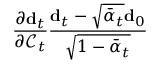
\frac { \partial \mathbf { d } _ { t } } { \partial \mathcal { C } _ { t } } \frac { \mathbf { d } _ { t } - \sqrt { \bar { \alpha } _ { t } } \mathbf { d } _ { 0 } } { \sqrt { 1 - \bar { \alpha } _ { t } } }